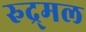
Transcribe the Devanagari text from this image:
रुद्र्मल